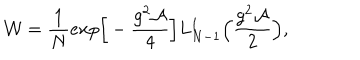
{ \cal W } = \frac { 1 } { N } e x p \Big [ - \frac { g ^ { 2 } \cal A } { 4 } \Big ] L _ { N - 1 } ^ { 1 } \Bigl ( \frac { g ^ { 2 } { \cal A } } { 2 } \Bigr ) ,